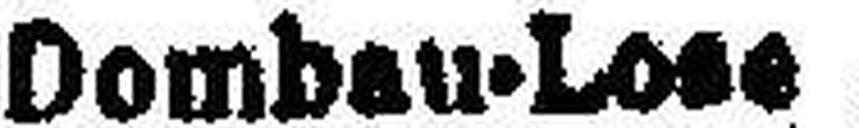
Dombau-Lose